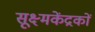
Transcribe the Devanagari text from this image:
सूक्ष्मकेंद्रकों